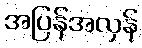
အပြန်အလှန်